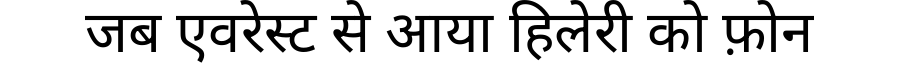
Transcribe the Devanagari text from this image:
जब एवरेस्ट से आया हिलेरी को फ़ोन